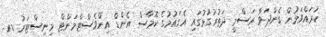
ކުރައްވަމުން ގެންދަވާ ރަސްމީ ދަތުރުުގުޅުގައި އެގައުމުގެ ކޮމާސް އެންޑް އިންވެސްޓްމަންޓް މިނިސްޓަރު ޑރ.